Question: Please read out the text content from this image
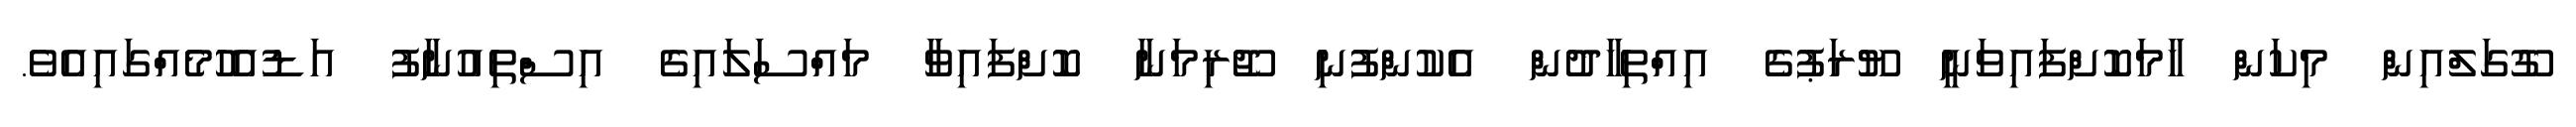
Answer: ގޫގަލްއިން މިކަން ހާމަކޮށްފައިވަނީ ޔޫރަޕުގެ އިއްތިހާދުން އެކުންފުނި ޖޫރިމަނާ ކޮށްފައިވާ މައްސަލައިގެ އިސްތިއުނާފު އަޑުއެހުމެއްގައިއެވެ.